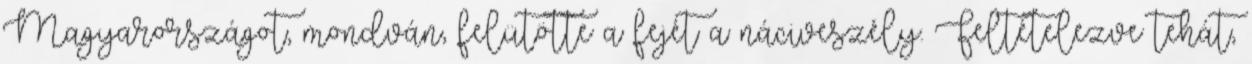
Magyarországot, mondván, felütötte a fejét a náciveszély. Feltételezve tehát,